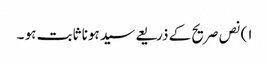
١) نص صریح کے ذریعے سید ہونا ثابت ہو ۔